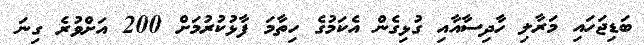
ބަޑިޖަހައި މަރާލި ހާދިސާއާއި ގުޅިގެން އެކަމުގެ ހިތާމަ ފާޅުކުރުމަށް 200 އަށްވުރެ ގިނަ